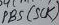
Text: PB5